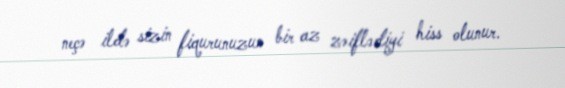
neçə ildə sizin fiqurunuzun bir az zəiflədiyi hiss olunur.